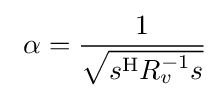
\ \alpha ={\frac {1}{\sqrt {s^{\mathrm {H} }R_{v}^{-1}s}}}